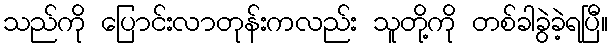
သည်ကို ပြောင်းလာတုန်းကလည်း သူတို့ကို တစ်ခါခွဲခဲ့ရပြီ။